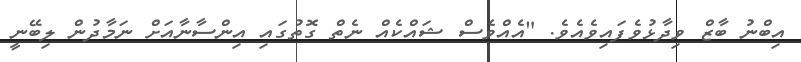
އިބްނު ބާޒް ވިދާޅުވެފައިވެއެވެ. "އެއްވެސް ޝައްކެއް ނެތް ގޮތުގައި އިންސާނާއަށް ނަމާދުން ލިބޭނީ